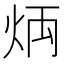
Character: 𤈃